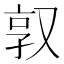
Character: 𫨿